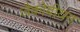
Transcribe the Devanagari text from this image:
जैकोबीयन